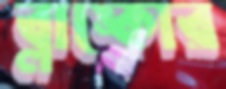
ব্লাঙ্কোর